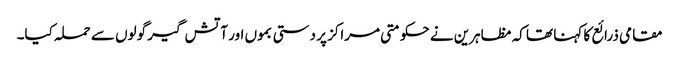
مقامی ذرائع کا کہنا تھا کہ مظاہرین نے حکومتی مراکز پر دستی بموں اور آتش گیر گولوں سے حملہ کیا۔